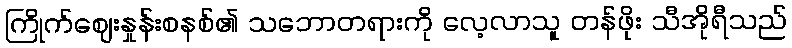
ကြိုက်ဈေးနှုန်းစနစ်၏ သဘောတရားကို လေ့လာသူ တန်ဖိုး သီအိုရီသည်